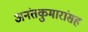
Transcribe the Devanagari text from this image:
अनंतकुमारांसह